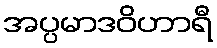
အပ္ပမာဒဝိဟာရီ